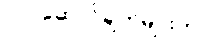
လုပ်ဆောင်ချက်များက